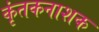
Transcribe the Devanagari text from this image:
कृंतकनाशक